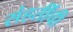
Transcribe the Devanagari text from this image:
संहतींची